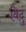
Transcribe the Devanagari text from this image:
विदुं